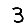
Digit: 3